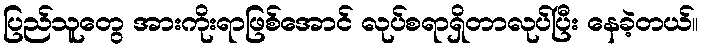
ပြည်သူတွေ အားကိုးရာဖြစ်အောင် လုပ်စရာရှိတာလုပ်ပြီး နေခဲ့တယ်။